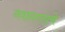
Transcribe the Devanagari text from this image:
नवानगराचे